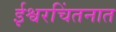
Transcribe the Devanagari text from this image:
ईश्वरचिंतनात